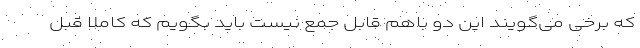
که برخی می‌گویند این دو باهم قابل جمع نیست باید بگویم که کاملاً قبل